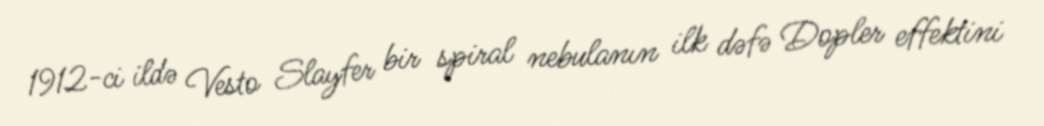
1912-ci ildə Vesto Slayfer bir spiral nebulanın ilk dəfə Dopler effektini